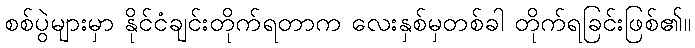
စစ်ပွဲများမှာ နိုင်ငံချင်းတိုက်ရတာက လေးနှစ်မှတစ်ခါ တိုက်ရခြင်းဖြစ်၏။